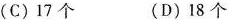
(C)17个(D)18个